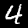
Label: 4